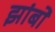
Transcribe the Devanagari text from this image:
झांबो